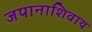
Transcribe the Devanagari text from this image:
जपानाशिवाय